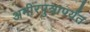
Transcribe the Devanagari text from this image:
अमीरपुत्रापर्यंत